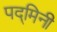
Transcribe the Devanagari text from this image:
पद्‌मिनी